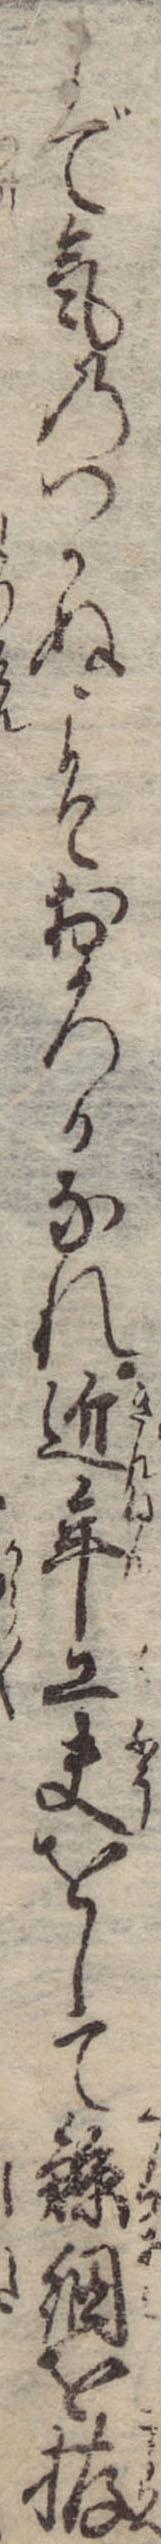
まで気のつかぬこそおろかなれ近年工夫をして鯨網を拵